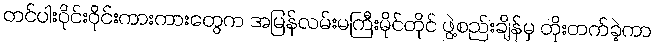
တင်ပါးဝိုင်းဝိုင်းကားကားတွေက အမြန်လမ်းမကြီးမိုင်တိုင် ဖွဲ့စည်းချိန်မှ တိုးတက်ခဲ့ကာ